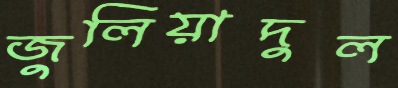
জুলিয়াদুল